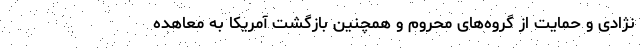
نژادی و حمایت از گروه‌های محروم و همچنین بازگشت آمریکا به معاهده